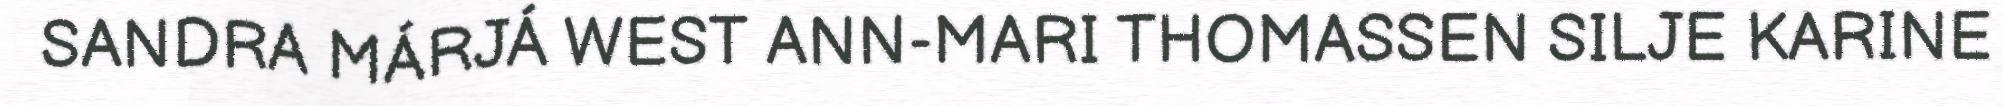
SANDRA MÁRJÁ WEST ANN-MARI THOMASSEN SILJE KARINE